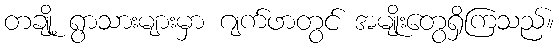
တချို့ ရွာသားများမှာ ဂျက်ဖာတွင် အမျိုးတွေရှိကြသည်။